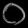
Digit: ၀